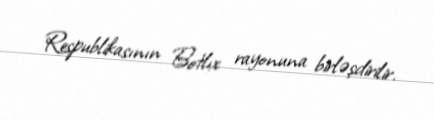
Respublikasının Botlıx rayonuna birləşdirilir.